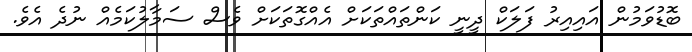
ބޮޑުވަމުން އައިއިރު ފަލަކް ދީނީ ކަންތައްތަކަށް އެއްގޮތަކަށް ވެސް ސަމާލުކަމެއް ނުދެ އެވެ.